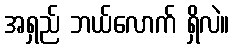
အရှည် ဘယ်လောက် ရှိလဲ။